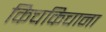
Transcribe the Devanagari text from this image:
किचकिचाना